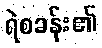
ရဲစခန်း၏